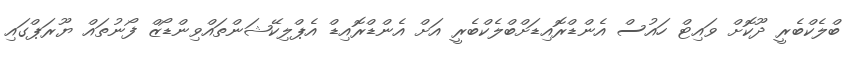
ބްލެކްބެރީ ދޫކޮށް ވައިޓް ހައުސް އެންޑްރޮއިޑަށްބްލެކްބެރީ އަށް އެންޑްރޮއިޑް އެޕްލިކޭޝަންތައްވިންޑޯޒް ފޯނުތައް ޔޫރަޕްގައި